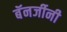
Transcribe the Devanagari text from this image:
बॅनर्जीनी